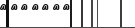
-